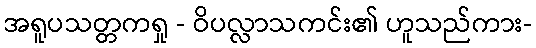
အရူပသတ္တကရှု - ဝိပလ္လာသကင်း၏ ဟူသည်ကား-